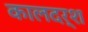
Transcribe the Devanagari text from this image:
कालदर्श